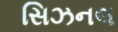
સિઝનલ